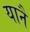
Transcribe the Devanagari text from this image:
यानै